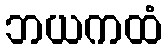
ဘယကထံ